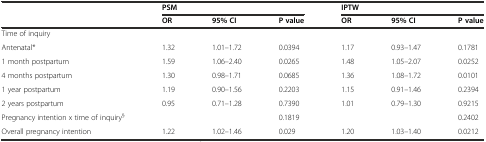
|  | <COLSPAN=3> PSM | <COLSPAN=3> IPTW |
 |  | OR | 95% CI | P value | OR | 95% CI | P value |
 | --- | --- | --- | --- | --- | --- | --- |
 | Time of inquiry |  |  |  |  |  |  |
 | Antenatal* | 1.32 | 1.01–1.72 | 0.0394 | 1.17 | 0.93–1.47 | 0.1781 |
 | 1 month postpartum | 1.59 | 1.06–2.40 | 0.0265 | 1.48 | 1.05–2.07 | 0.0252 |
 | 4 months postpartum | 1.30 | 0.98–1.71 | 0.0685 | 1.36 | 1.08–1.72 | 0.0101 |
 | 1 year postpartum | 1.19 | 0.90–1.56 | 0.2203 | 1.15 | 0.91–1.46 | 0.2394 |
 | 2 years postpartum | 0.95 | 0.71–1.28 | 0.7390 | 1.01 | 0.79–1.30 | 0.9215 |
 | Pregnancy intention x time of inquiry§ |  |  | 0.1819 |  |  | 0.2402 |
 | Overall pregnancy intention | 1.22 | 1.02–1.46 | 0.029 | 1.20 | 1.03–1.40 | 0.0212 |